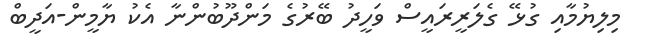
މިލިޔުމާއި ގުޅޭ ގެލަރީރައީސް ވަހީދު ބޭރުގެ މަންދޫބުންނާ އެކު ޔާމީން-އަދީބް